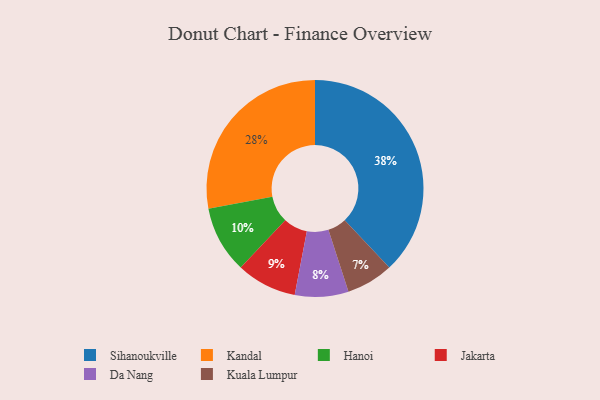
{"axis": {"x": "Category", "y": "Percentage"}, "legend": ["Da Nang", "Hanoi", "Jakarta", "Kandal", "Kuala Lumpur", "Sihanoukville"], "data": [{"x": "Jakarta", "y": 9, "type": "Jakarta"}, {"x": "Hanoi", "y": 10, "type": "Hanoi"}, {"x": "Kandal", "y": 28, "type": "Kandal"}, {"x": "Sihanoukville", "y": 38, "type": "Sihanoukville"}, {"x": "Da Nang", "y": 8, "type": "Da Nang"}, {"x": "Kuala Lumpur", "y": 7, "type": "Kuala Lumpur"}]}